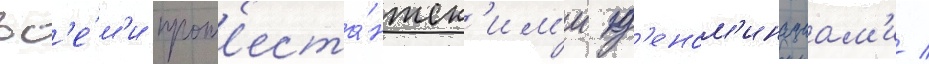
вс'е́м'и прот'еста́нтск'им'и д'еном'инациам'и /